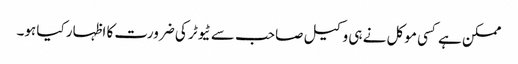
ممکن ہے کسی موکل نے ہی وکیل صاحب سے ٹیوٹر کی ضرورت کا اظہار کیا ہو۔